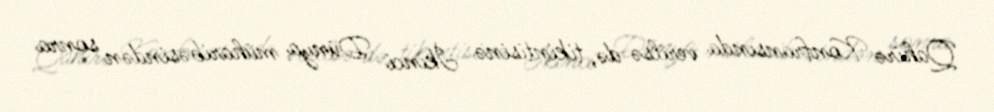
Qahirə Konfransında verilsə də, tikintisinə İkinci Dünya müharibəsindən sonra